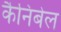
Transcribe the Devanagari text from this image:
कैनिबेल